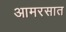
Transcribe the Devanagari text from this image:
आमरसात